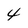
Character: 4